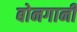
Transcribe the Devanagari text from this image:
बोनगानी